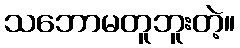
သဘောမတူဘူးတဲ့။